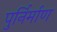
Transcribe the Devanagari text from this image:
पुर्निर्माण